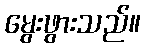
မွေးဖွားသည်။